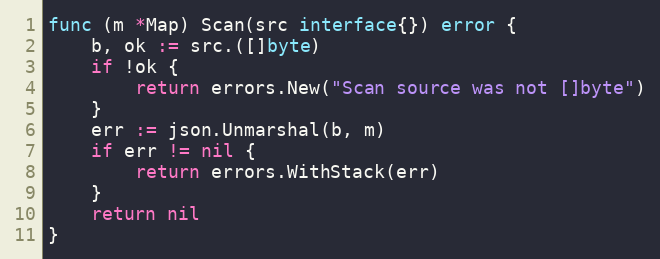
Language: Go
func (m *Map) Scan(src interface{}) error {
	b, ok := src.([]byte)
	if !ok {
		return errors.New("Scan source was not []byte")
	}
	err := json.Unmarshal(b, m)
	if err != nil {
		return errors.WithStack(err)
	}
	return nil
}